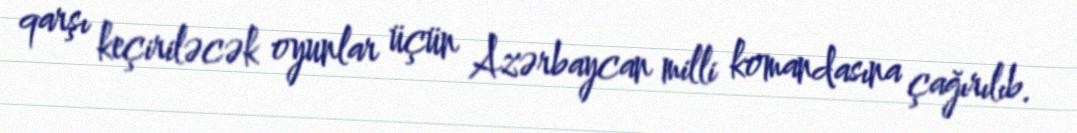
qarşı keçiriləcək oyunlar üçün Azərbaycan milli komandasına çağırılıb.